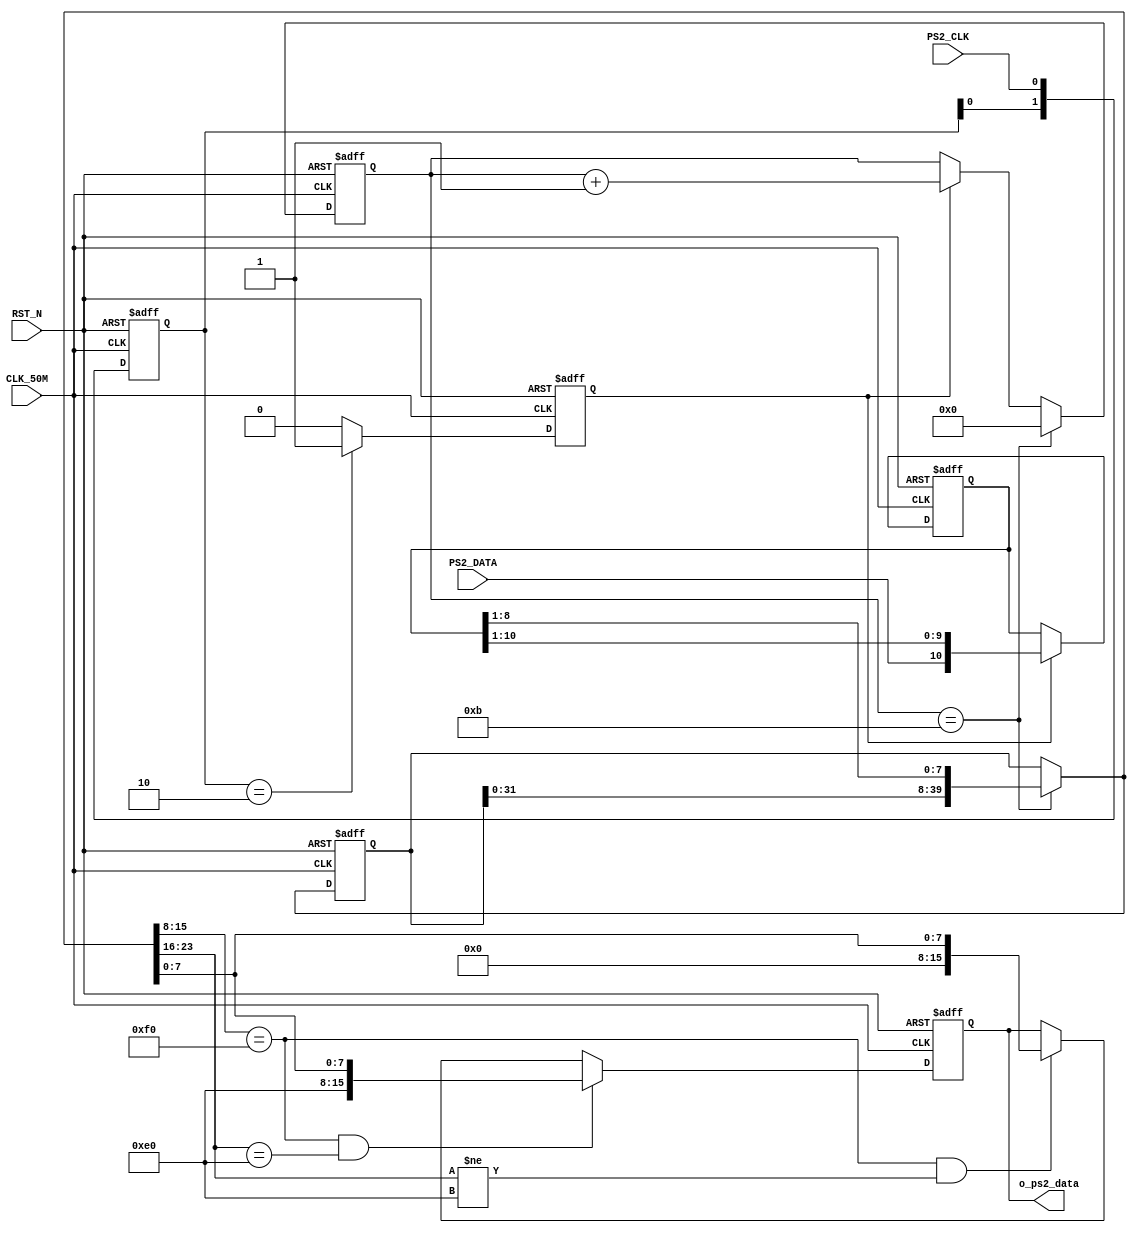
//---------------------------------------------------------------------------
//--			:	Ps2_Module.v
//--			:	ZIRCON
//--			:	PS2
//--		:	2014-1-1
//---------------------------------------------------------------------------
module Ps2_Module
(
	//
	CLK_50M,RST_N,PS2_CLK,PS2_DATA,
	//
	o_ps2_data
);

//---------------------------------------------------------------------------
//--	
//---------------------------------------------------------------------------
input						CLK_50M;				//,50M
input						RST_N;				//,
input						PS2_CLK;				//PS2
input						PS2_DATA;			//PS2
output reg	[15:0] 	o_ps2_data;			//PS2

//---------------------------------------------------------------------------
//--	
//---------------------------------------------------------------------------
reg			[ 1:0]	detect_edge;		//PS2,
wire			[ 1:0]	detect_edge_n;		//detect_edge
reg			[ 3:0]	bit_cnt;				//PS2,
reg			[ 3:0]	bit_cnt_n;			//bit_cnt
reg			[10:0]	bit_shift;			//,PS2
reg			[10:0]	bit_shift_n;		//bit_shift
reg			[39:0]	data_shift;			//,
reg			[39:0]	data_shift_n;		//data_shift
reg			[15:0]	o_ps2_data_n;		//o_ps2_data
reg						negedge_reg;		//
wire						negedge_reg_n;		//negedge_reg

//---------------------------------------------------------------------------
//--		
//---------------------------------------------------------------------------
//,detect_edge
always @ (posedge CLK_50M or negedge RST_N)
begin
	if(!RST_N)									//
		detect_edge	<= 2'b11;				//detect_edge
	else
		detect_edge <= detect_edge_n;		//detect_edge
end

//,
assign detect_edge_n = {detect_edge[0] , PS2_CLK};	//PS2

//,negedge_reg
always @ (posedge CLK_50M or negedge RST_N)
begin
	if(!RST_N)									//
		negedge_reg	<= 1'b0;					//negedge_reg
	else
		negedge_reg <= negedge_reg_n;		//negedge_reg
end

//,,detect_edge10,negedge_reg_n1
assign negedge_reg_n = (detect_edge == 2'b10) ? 1'b1 : 1'b0; 

//,bit_cnt
always @ (posedge CLK_50M or negedge RST_N)
begin
	if(!RST_N)									//
		bit_cnt <= 4'b0;						//bit_cnt
	else
		bit_cnt <= bit_cnt_n;				//bit_cnt
end

//,,
always @ (*)
begin
	if(bit_cnt == 4'd11)						//
		bit_cnt_n = 4'b0;						//11,bit_cnt_n0
	else if(negedge_reg)						//
		bit_cnt_n = bit_cnt + 4'b1;		//,bit_cnt_n1
	else							
		bit_cnt_n = bit_cnt;					//,
end

//,bit_shift
always @ (posedge CLK_50M or negedge RST_N)
begin
	if(!RST_N)									//
		bit_shift <= 11'b0;					//bit_shift
	else
		bit_shift <= bit_shift_n;			//bit_shift
end

//,PS2
always @ (*)
begin
	if(negedge_reg)							//
		bit_shift_n = {PS2_DATA , bit_shift[10:1]};	//,PS2
	else
		bit_shift_n = bit_shift;			//,
end

//,data_shift
always @ (posedge CLK_50M or negedge RST_N)
begin
	if(!RST_N)									//
		data_shift <= 40'b0;					//data_shift
	else
		data_shift <= data_shift_n;		//data_shift
end

//,
always @ (*)
begin
	if(bit_cnt == 4'd11)						//
		data_shift_n = {data_shift[31:0] , bit_shift[8:1]}; //11,8
	else
		data_shift_n = data_shift;			//,
end

//,o_ps2_data
always @ (posedge CLK_50M or negedge RST_N)
begin
	if(!RST_N)									//
		o_ps2_data <= 16'b0;					//o_ps2_data
	else
		o_ps2_data <= o_ps2_data_n;		//o_ps2_data
end

//,,
always @ (*)
begin
	if((data_shift_n[15:8] == 8'hF0) && (data_shift_n[23:16] == 8'hE0)) //
		o_ps2_data_n = {8'hE0 , data_shift_n[7:0]};	//E0
	else if((data_shift_n[15:8] == 8'hF0) && (data_shift_n[23:16] != 8'hE0)) //
		o_ps2_data_n = {8'h0, data_shift_n[7:0]};		//E0,
	else
		o_ps2_data_n = o_ps2_data;			//,
end

endmodule